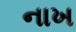
નાખ